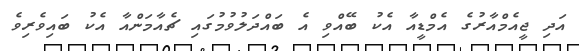
އަދި ޖީއެމްއާރުގެ އެމްޑީއާ އެކު ބޭއްވި އެ ބައްދަލުވުމުގައި ޗެއާމަންއާ އެކު ބައިވެރިވެ